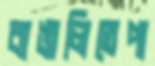
বাঙালিতেপা